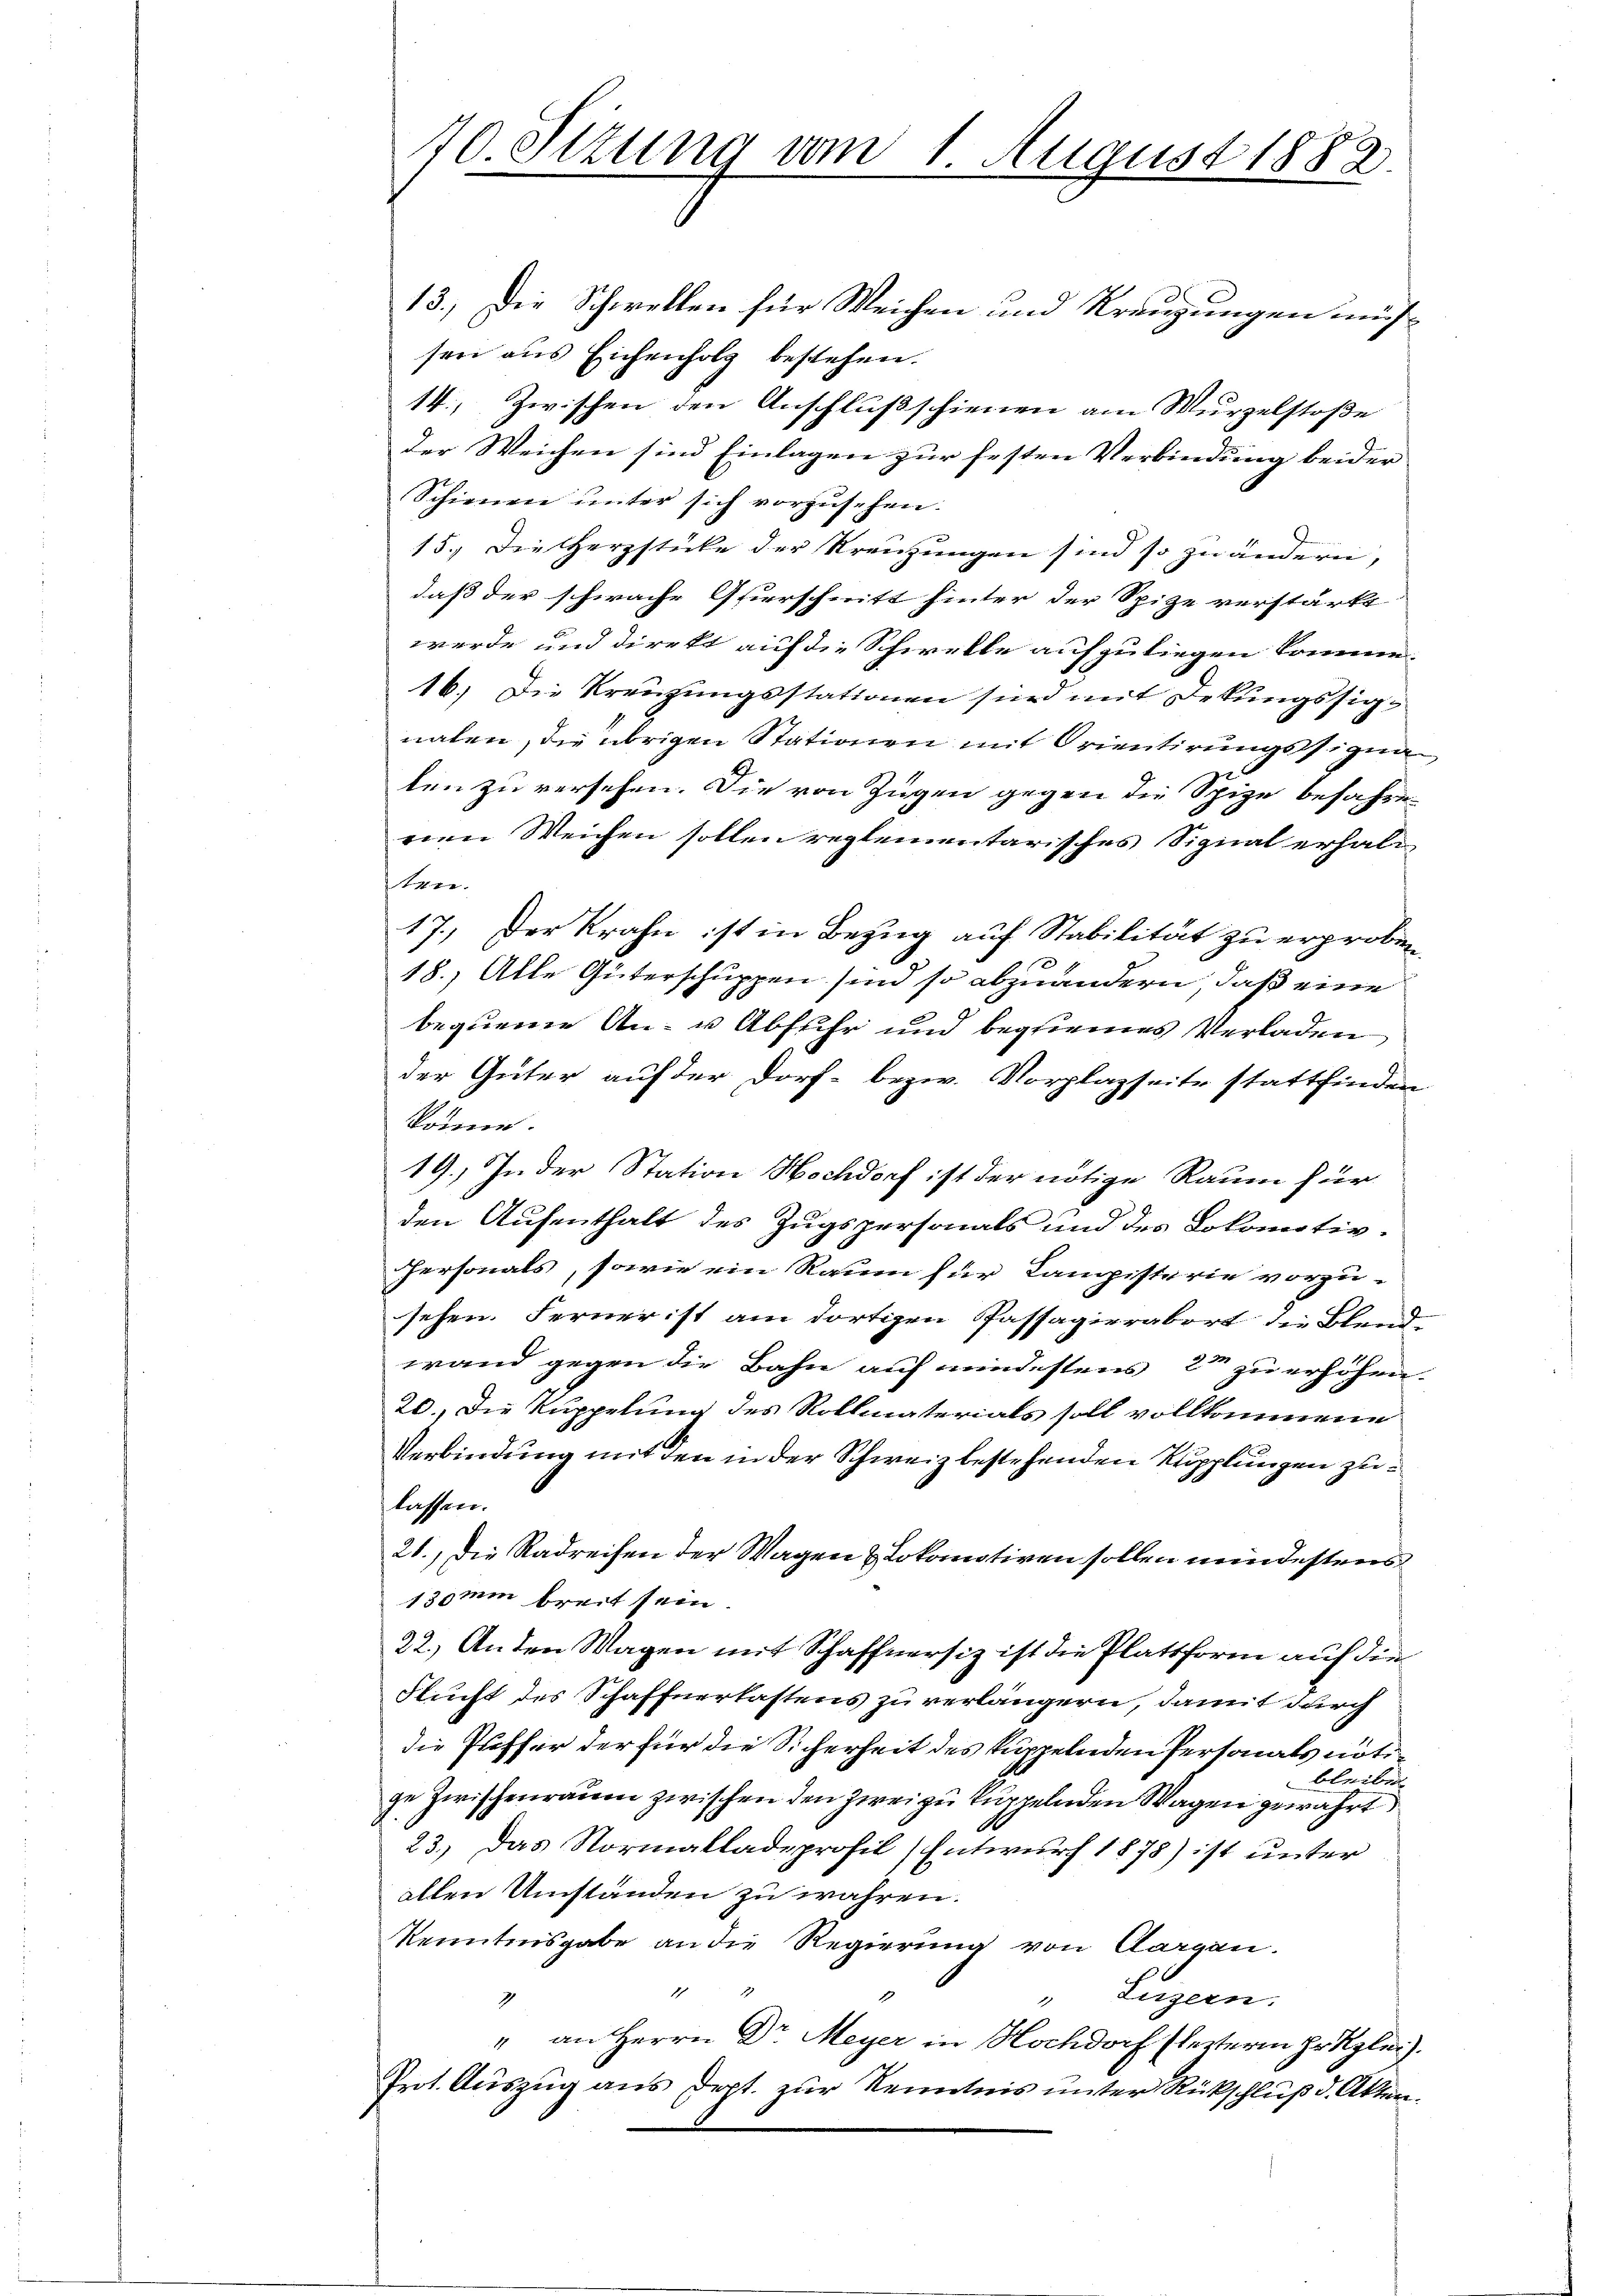
70. Stzung vom 1. August 1882.

13.) Die Schwellen für Weichen und Kreuzungen müssen aus Eichenholz bestehen.
14., Zwischen den Anschlußschienen am Wurzelstoße
der Weichen sind Einlagen zur festen Verbindung beider
Schienen unter sich vorzusehen.
15.) Die Herzstücke der Kreuzungen sind so zu ändern,
daß der schwache Gierschnitt hinter der Spize verstärkt
werde und direkt auf die Schwelle aufzuliegen komme.
16. Die Kreuzungsstationen sind mit Dekungssignalen, die übrigen Stationen mit Orientirungssigna
len zu versehen. Die von Zügen gegen die Spize befahren
reen Weichen sollen reglementarisches Signal erhalt
re.
17.) Der Krahn ist in Bezug auf Stabilität zu erprobin
18.) Alle Güterschuppen sind so abzuändern, daß eine
bequeme An- u Abfuhr und begemes Verladen,
der Güter auf der Dorf- bezw. Vorplazseite stattfinden
könne.
19.) In der Station Hochdorf ist der nötige Raum für
den Aufenthalt des Zugspersonals und des Lokomotiv¬
Personals, sowie ein Raum für Lampisterie vorzu-
sehen. Ferner ist am dortigen Passagierabert die Blandwand gegen die Bahn auf mindestens 2 zu erhöhen.
20. Die Kuppelung des Rollmaterials soll vollkommene
Verbindung mit den in der Schweiz bestehenden Kupplungen zulassen.
21.) Die Radreifen der Wagen & Lokomotiven sollen mindestens
13mm breit sein.
22.) Anden Wagen mit Schaffnersiz ist die Plattform auf die
Flucht des Schaffnerlastens zu verlängern, damit durch
die Proffer der für die Sicherheit des kuppelnden Personals nöti
bleiben
ge Zwischenraum zwischen den zwei zu kuppelnden Wagen gewährt
23.) Das Normalladeprofil (Entwurf 1875) ist unter
allen Umständen zu währen.
Kenntnisgabe an die Regierung von Aargau.
21 21
" Luzern.
2
“ an Herrn Dr Meyer in Hochdorf (lezteren Hr. Kgle).
Prot. Auszug aus Dept. zur Kenntnis unter Rückschluß d. Akten¬